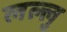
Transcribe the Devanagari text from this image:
लल्लु